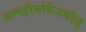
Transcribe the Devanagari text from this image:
अम्मट्टीकोर्केअकौलू